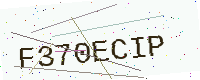
Text: F370ECIP